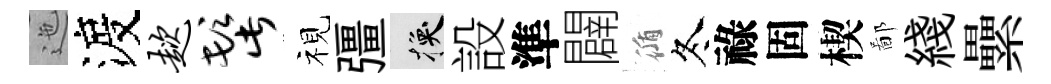
迤渡趑髭视彊换設準闢循冬祿固楔鄙綫纍